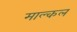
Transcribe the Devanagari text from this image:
माल्कल